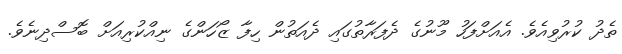
ތެދު ކުރުވިއެވެ. އެއަށްފަހު މޫނުގެ ދެފަރާތުގައި ދެއަތުން ހިފާ ޒޯހަންގެ ނިއްކުރިއަށް ބޮސްދިނެވެ.